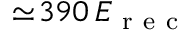
\simeq \! 3 9 0 \, E _ { \mathrm { ~ r ~ e ~ c ~ } }